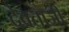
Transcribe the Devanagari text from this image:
देवताजी